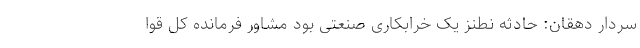
سردار دهقان: حادثه نطنز یک خرابکاری صنعتی بود مشاور فرمانده کل قوا